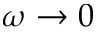
\omega \rightarrow 0